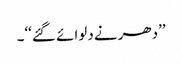
’’دھرنے دلوائے گئے‘‘۔